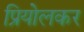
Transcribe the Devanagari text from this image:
प्रियोलकर